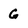
Character: G